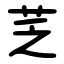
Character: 䒦